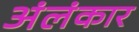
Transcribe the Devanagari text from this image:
अंलंकार